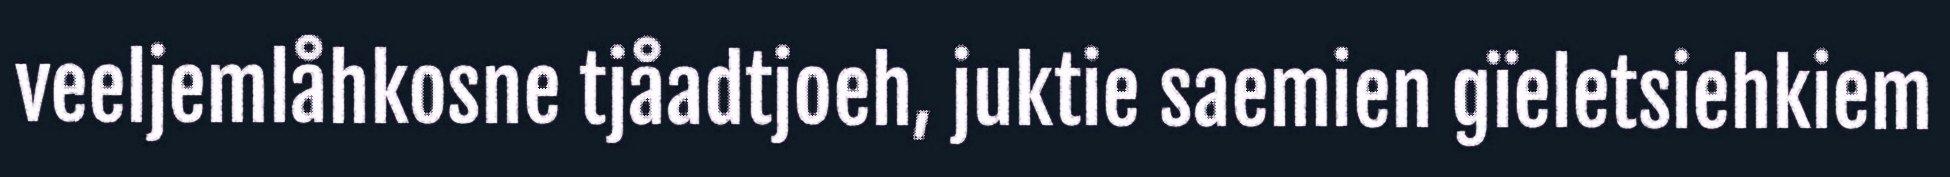
veeljemlåhkosne tjåadtjoeh, juktie saemien gïeletsiehkiem